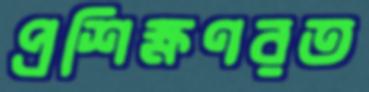
প্রশিক্ষণরত